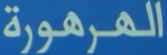
الهرهورة